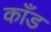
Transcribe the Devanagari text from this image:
काँड